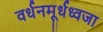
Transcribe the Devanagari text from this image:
वर्धनमूर्धध्वजा